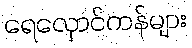
ရေလှောင်ကန်များ